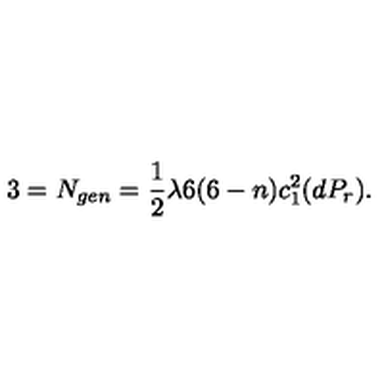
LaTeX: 3 = N _ { g e n } = \frac { 1 } { 2 } \lambda 6 ( 6 - n ) c _ { 1 } ^ { 2 } ( d P _ { r } ) .